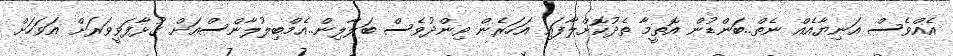
އެއްވެސް އަނިޔާއެއް ނެތް..ބަންޑުން އޮތީމާ ތެދުކޮށްލާފައި އަހަރެން ވިންދުވެސް ބަލާލިން..އެމްބިލުލާންސްއަށް ގުޅާފަވީވަރަށް އަވަހަށް